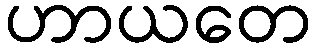
ဟာယတေ